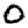
Digit: 0